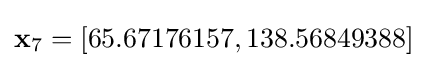
\mathbf {x} _{7}=\left[65.67176157,138.56849388\right]